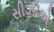
સીઝીએ